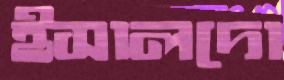
ইসালদো